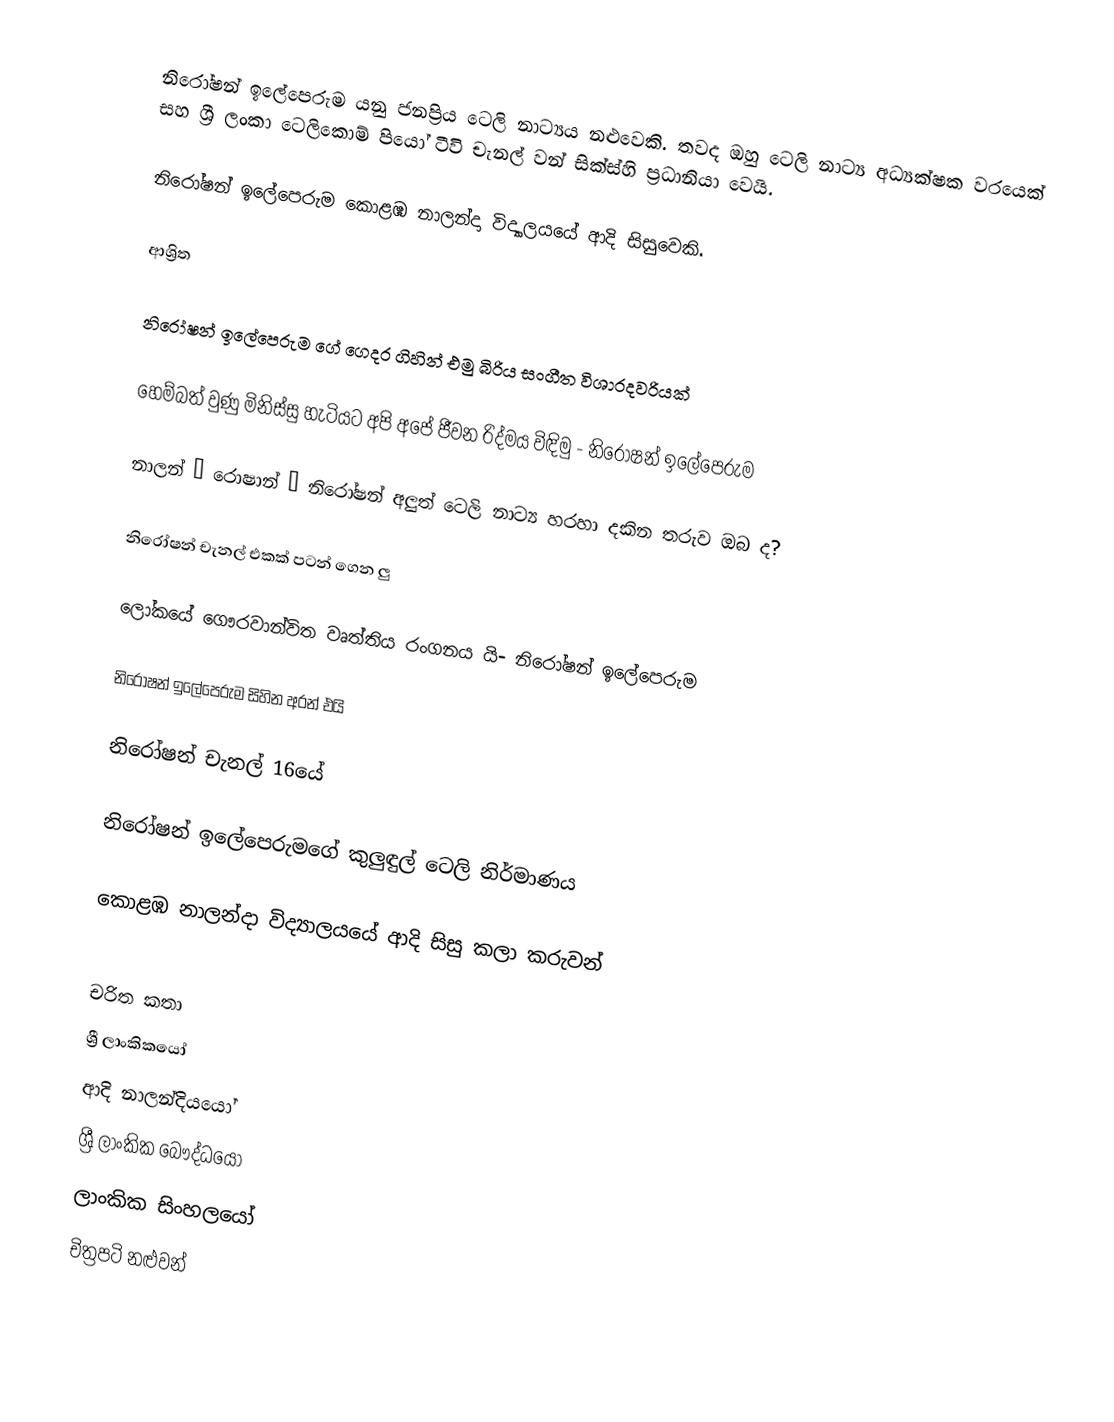
නිරෝෂන් ඉලේපෙරුම  යනු  ජනප්‍රිය ටෙලි නාට්‍යය නළුවෙකි. තවද ඔහු ටෙලි නාට්‍ය අධ්‍යක්ෂක වරයෙක් සහ ශ්‍රී ලංකා ටෙලිකොම් පියෝ ටීවි චැනල් වන් සික්ස්හි ප්‍රධානියා වෙයි.

නිරෝෂන් ඉලේපෙරුම  කොළඹ නාලන්දා විද්‍යාලයයේ ආදි සිසුවෙකි.

ආශ්‍රිත

 නිරෝෂන් ඉලේපෙරුම ගේ ගෙදර ගිහින් එමු බිරිය සංගීත විශාරදවරියක්

 හෙම්බත් වුණු මිනිස්සු හැටියට අපි අපේ ජීවන රිද්මය විඳිමු - නිරෝෂන් ඉලේපෙරුම

 නාලන් – රොෂාන් – නිරෝෂන් අලුත් ටෙලි නාට්‍ය හරහා දකින තරුව ඔබ ද?

 නිරෝෂන් චැනල් එකක් පටන් ගෙන ලු

 ලෝකයේ ගෞරවාන්විත වෘත්තිය රංගනය යි- නිරෝෂන් ඉලේපෙරුම

 නිරෝෂන් ඉලේපෙරුම සිහින අරන් එයි

 නිරෝෂන් චැනල් 16යේ

 නිරෝෂන් ඉලේපෙරුමගේ කුලුඳුල් ටෙලි නිර්මාණය

 කොළඹ නාලන්දා විද්‍යාලයයේ ආදි සිසු කලා කරුවන්

චරිත කතා
ශ්‍රී ලාංකිකයෝ
ආදි නාලන්දියයෝ
ශ්‍රී ලාංකික බෞද්ධයෝ
ලාංකික සිංහලයෝ
චිත්‍රපටි නළුවන්